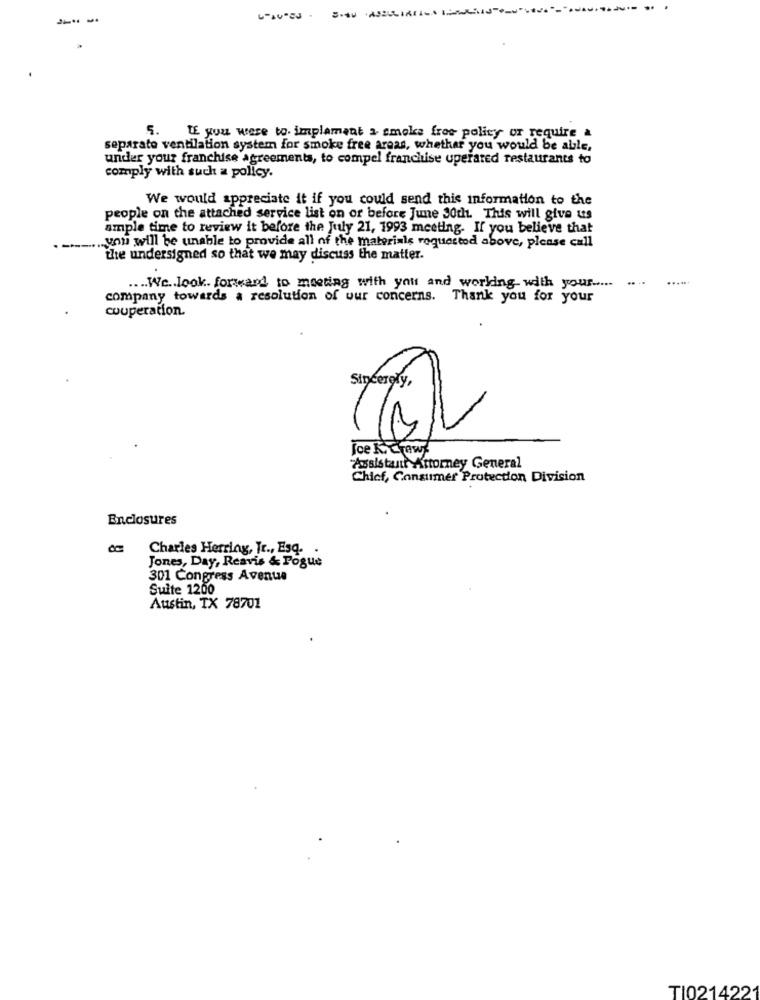
If you were to implement a smoke free policy or require a
separate ventilation system for smoke free areas, whether you would be able,
under your franchise agreements, to compel franchise uperated restaurants to
comply with such a policy.
We would appreciate it if you could send this information to the
people on the attached service list on or before June 30th. This will give us
ample time to review it before the July 21, 1993 meeting. If you believe that
.-
...... you will be unable to provide all of the materials roquestod above, please call
the undersigned so that we may discuss the matter.
......
.... We .. look. forward to meeting with you and working with your .....
company towards a resolution of uur concerns. Thank you for your
couperation.
Sincerely,
Toe Kicrew
Assistant Attorney General
Chicf, Consumer Protection Division
Enclosures
Charles Herring, Jr ., Esq. .
Jones, Day, Reavis & Pogue
301 Congress Avenue
Suite 1200
Austin, TX 78701
TI0214221